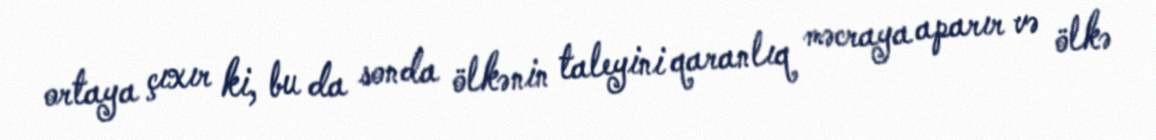
ortaya çıxır ki, bu da sonda ölkənin taleyini qaranlıq məcraya aparır və ölkə